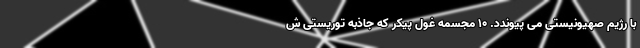
با رژیم صهیونیستی می پیوندد. 10 مجسمه غول پیکر که جاذبه توریستی ش